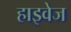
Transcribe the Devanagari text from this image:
हाइवेज